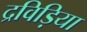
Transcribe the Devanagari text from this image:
द्रविड़िया